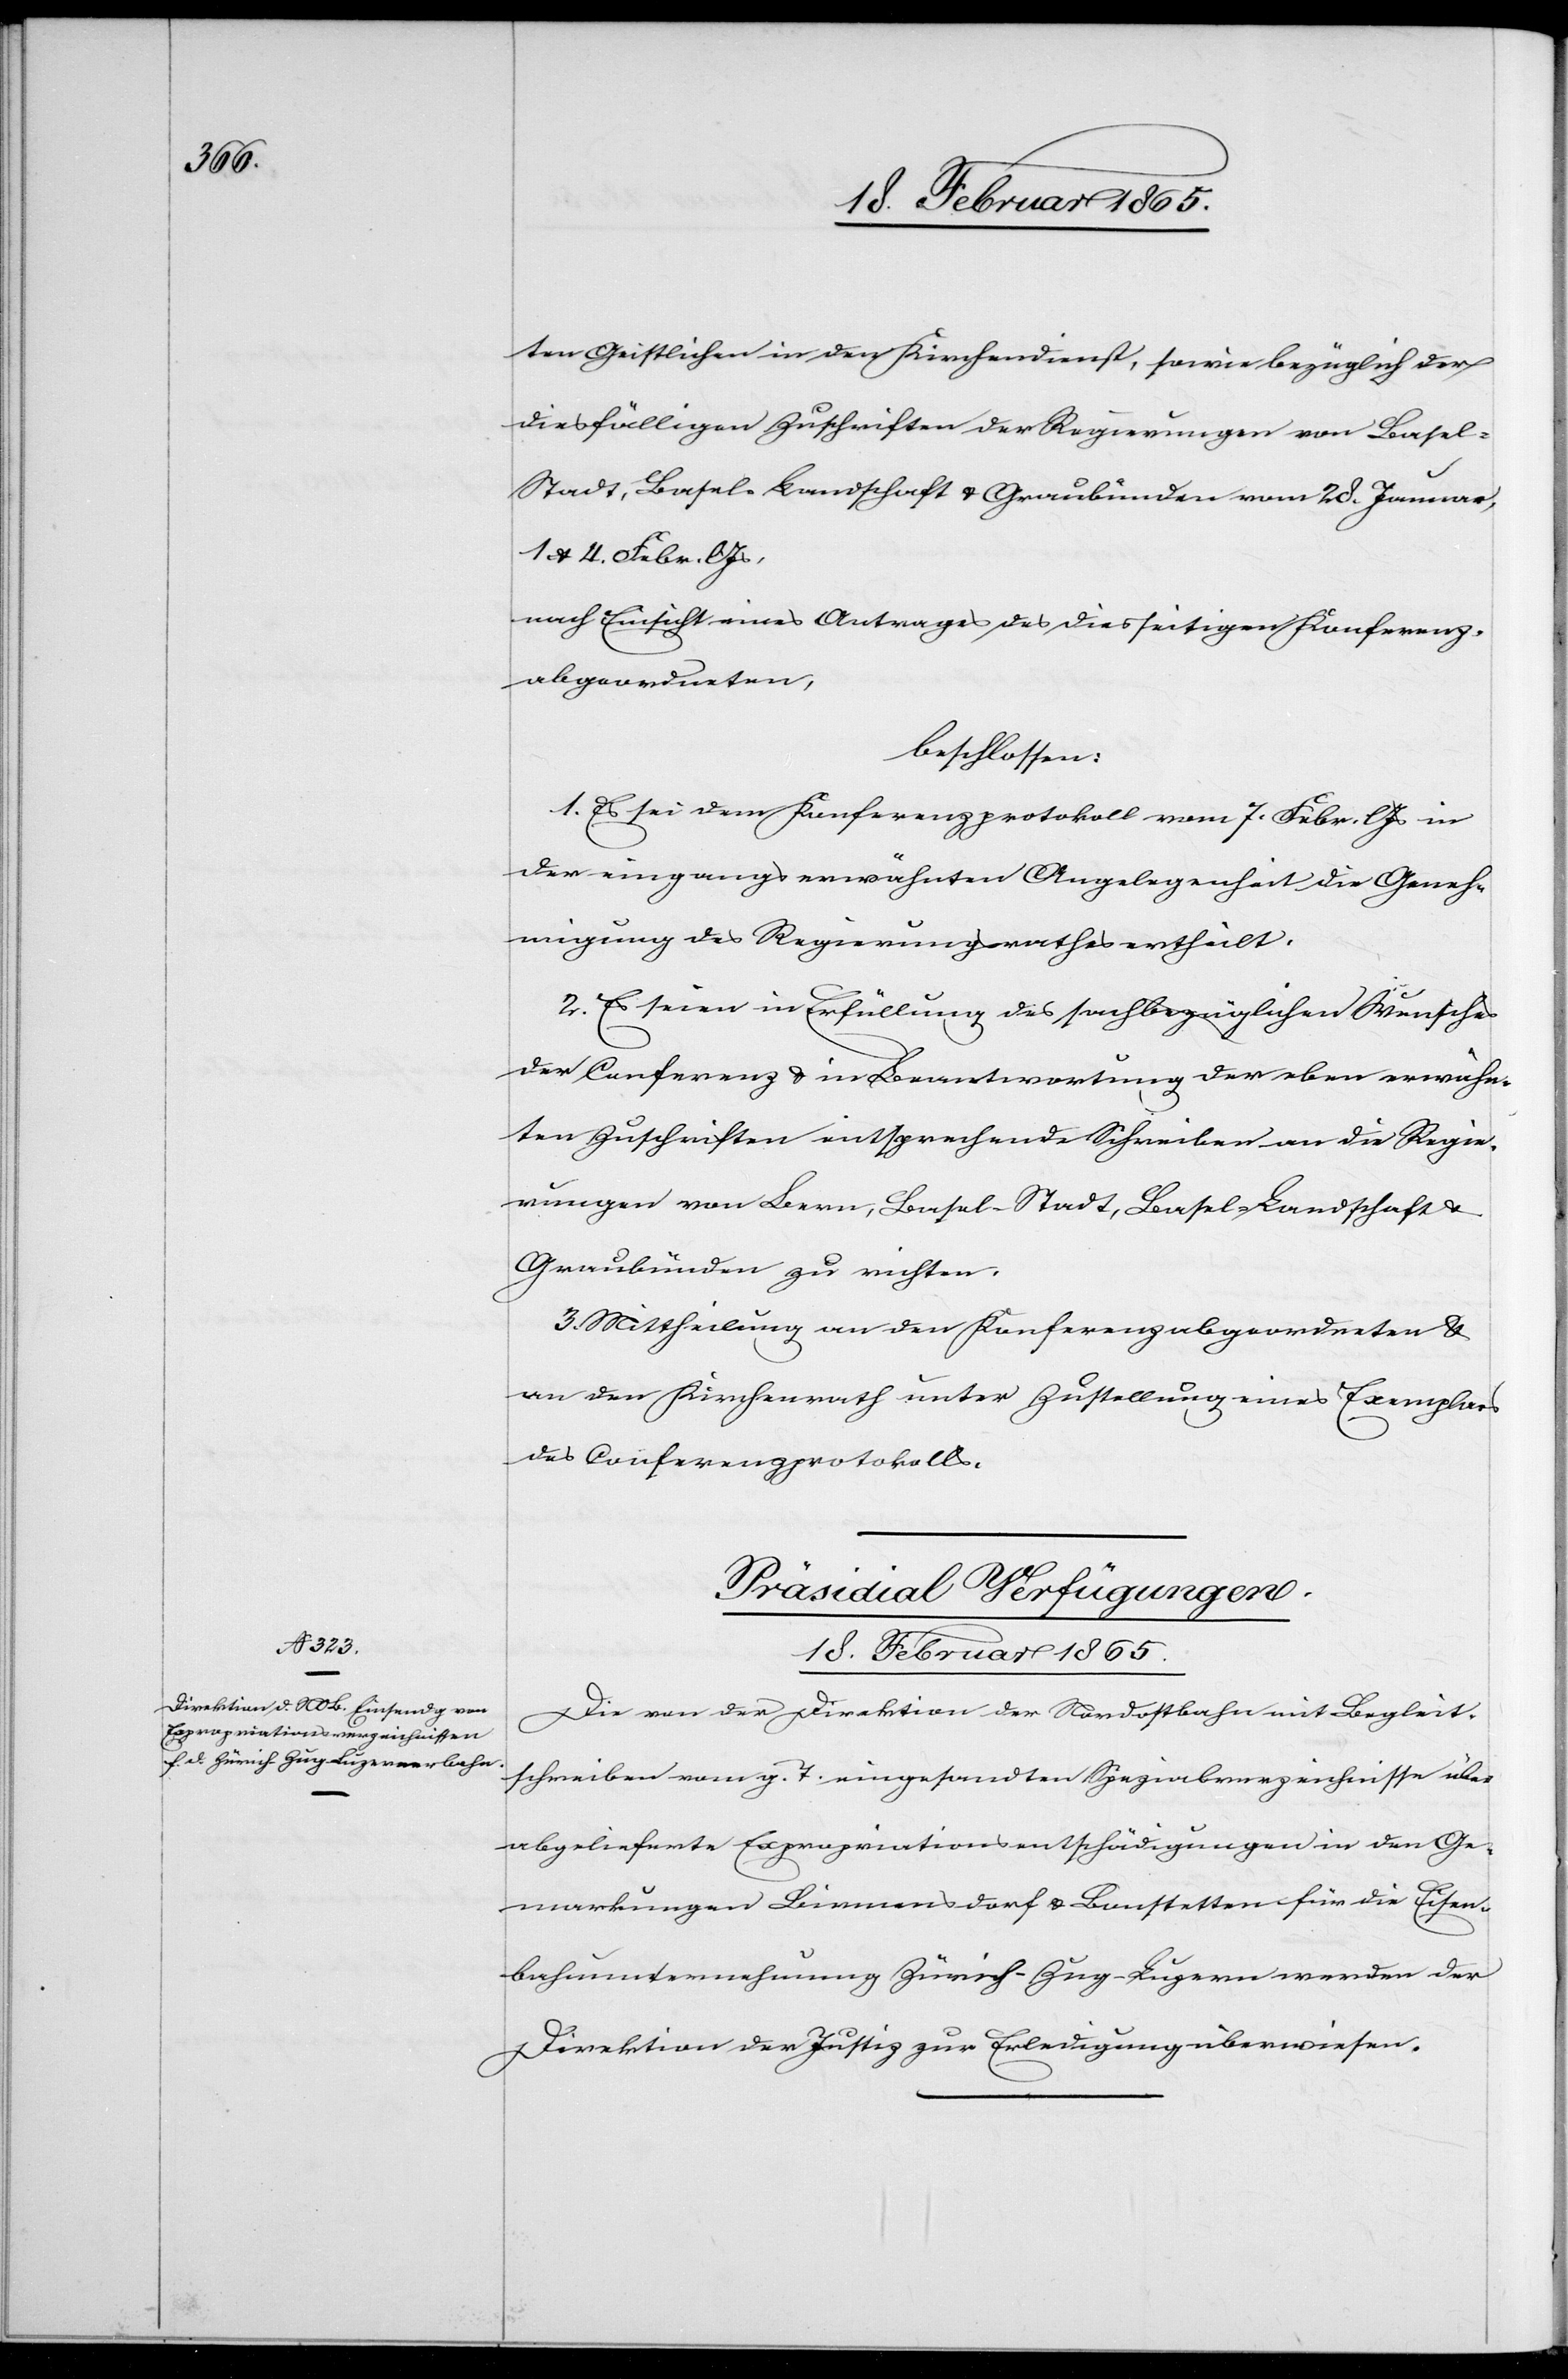
ten Geistlichen in den Kirchendienst, sowie bezüglich der
diesfälligen Zuschriften der Regierungen von Base¬
l-Stadt, Basel-Landschaft u. Graubünden vom 28. Januar,
1 u. 4. Febr. l. Js.
nach Einsicht eines Antrages des diesseitigen Konferenz¬
abgeordneten,
beschlossen:
1. Es sei dem Konferenzprotokoll vom 7. Febr. l Js in
der eingangserwähnten Angelegenheit die Geneh¬
migung des Regierungsrathes ertheilt.
2. Es seien in Erfüllung des sachbezüglichen Wunsches
der Conferenz u. in Beantwortung der eben erwähn¬
ten Zuschriften entsprechende Schreiben an die Regie¬
rungen von Bern, Basel-Stadt, Basel-Landschaft u.
Graubünden zu richten.
3. Mittheilung an den Konferenzabgeordneten u.
an den Kirchenrath unter Zustellung eines Exemplars
des Conferenzprotokolls.
Präsidial Verfügungen.
18. Februar 1865.
Die von der Direktion der Nordostbahn mit Begleit¬
schreiben vom g. T. eingesandten Spezialverzeichnisse über
abgelieferte Expropriationsentschädigungen in den Ge¬
markungen Birmensdorf u. Bonstetten für die Eisen¬
bahnunternehmung Zürich-Zug-Luzern werden der
Direktion der Justiz zur Erledigung überwiesen.